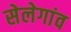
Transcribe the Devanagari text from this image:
सेलेगांव